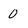
Character: 0